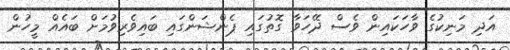
އަދި މަނިކުގެ ވާހަކައިން ވެސް ދޭހަވާ ގޮތުގައި ޕެންޝަންގައި ބައިވެރިވުމަށް ބައެއް މީހުން